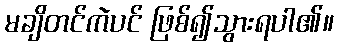
မချိတင်ကဲပင် ဖြစ်၍သွားရပါ၏။